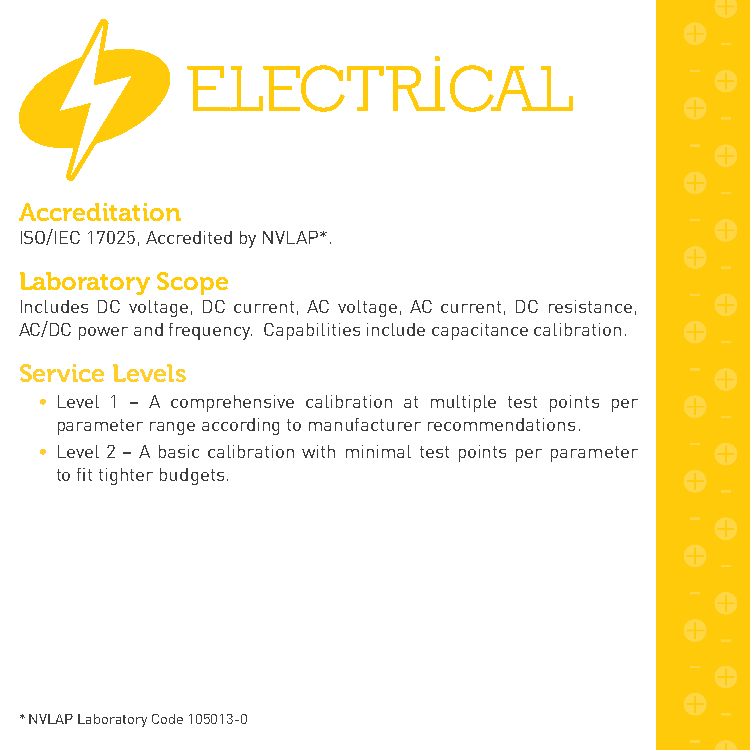
Accreditation
 ISO/IEC 17025, Accredited by NVLAP*.
 Laboratory Scope
 Includes DC voltage, DC current, AC voltage, AC current, DC resistance,
 AC/DC power and frequency. Capabilities include capacitance calibration.
 Service Levels
 • Level 1 – A comprehensive calibration at multiple test points per
 parameter range according to manufacturer recommendations.
 • Level 2 – A basic calibration with minimal test points per parameter
 to fit tighter budgets.
 * NVLAP Laboratory Code 105013-0